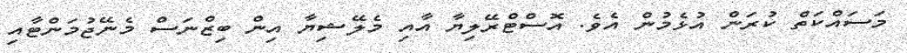
މަސައްކަތް ކުރަން އުޅެމުން އެވެ. އޮސްޓްރޭލިޔާ އާއި މެލޭޝިޔާ އިން ބިޒްނަސް މެނޭޖުމަންޓާއި